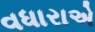
વધારાએ